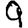
Digit: 9